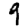
Digit: 9